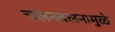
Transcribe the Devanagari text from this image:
चलनवलनामुळे